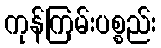
ကုန်ကြမ်းပစ္စည်း